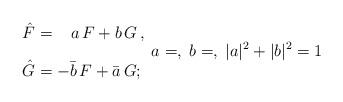
LaTeX: \begin{align*}\begin{array}{l}\hat F=\;\;\; a\,F +b\,G\,,\\[4mm]\hat G=-\bar b\,F+\bar a \,G;\end{array}a=, \; b=, \; |a|^2+|b|^2=1\end{align*}